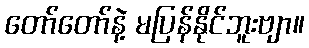
တော်တော်နဲ့ မပြန်နိုင်ဘူးဗျာ။